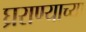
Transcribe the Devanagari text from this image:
घ्रराण्याच्या